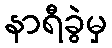
နာရီခွဲမှ